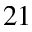
^ { 2 1 }